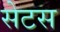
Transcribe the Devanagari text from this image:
सेटस